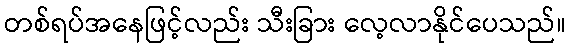
တစ်ရပ်အနေဖြင့်လည်း သီးခြား လေ့လာနိုင်ပေသည်။